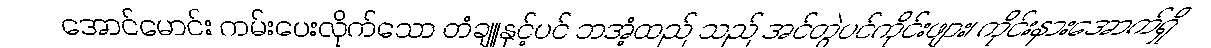
အောင်မောင်း ကမ်းပေးလိုက်သော တံချူနှင့်ပင် ဘအံ့ထည် သည် အင်တွဲပင်ကိုင်းဖျား၊ ကိုင်းနားအောက်ရှိ